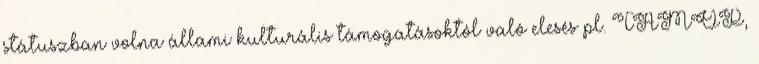
státuszban volna állami kulturális támogatásoktól való elesés pl. TÁMOP,